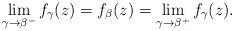
LaTeX: \begin{align*}\lim_{\gamma \to \beta^-}f_{\gamma}(z) = f_{\beta}(z)=\lim_{\gamma \to \beta^+}f_{\gamma}(z).\end{align*}